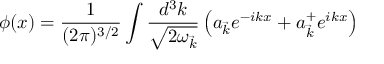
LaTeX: \phi ( x ) = \frac { 1 } { ( 2 \pi ) ^ { 3 / 2 } } \int \frac { d ^ { 3 } k } { \sqrt { 2 { \omega } _ { \vec { k } } } } \left( a _ { \vec { k } } e ^ { - i k x } + a _ { \vec { k } } ^ { + } e ^ { i k x } \right)